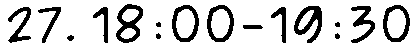
27. 18:00-19:30